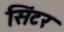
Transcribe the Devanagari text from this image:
सिंटर